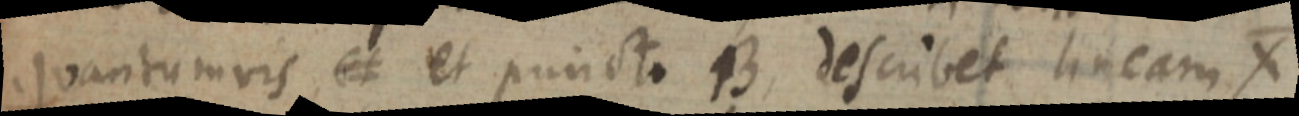
quantumvis et et puncto B, describet lineam X